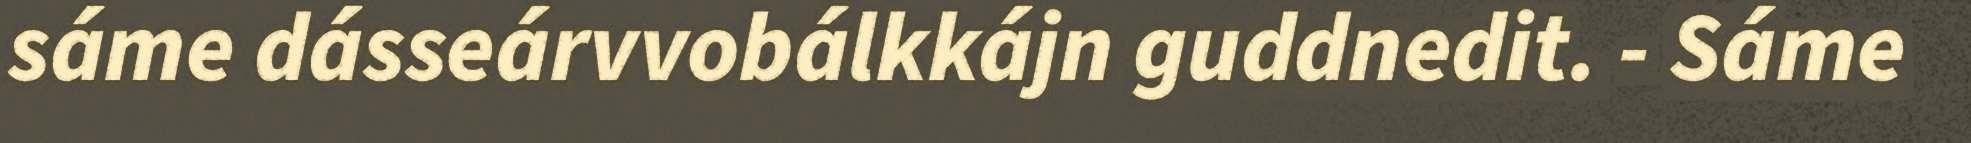
sáme dásseárvvobálkkájn guddnedit. - Sáme